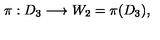
\pi : D _ { 3 } \longrightarrow W _ { 2 } = \pi ( D _ { 3 } ) ,